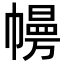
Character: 㡢